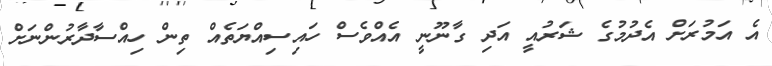
އެ އަމުރަށް އެދުމުގެ ޝަރުއީ އަދި ގާނޫނީ އެއްވެސް ހައިސިއްޔަތެއް ތިިން ހިއްސާދާރުންނަށް